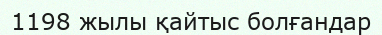
1198 жылы қайтыс болғандар